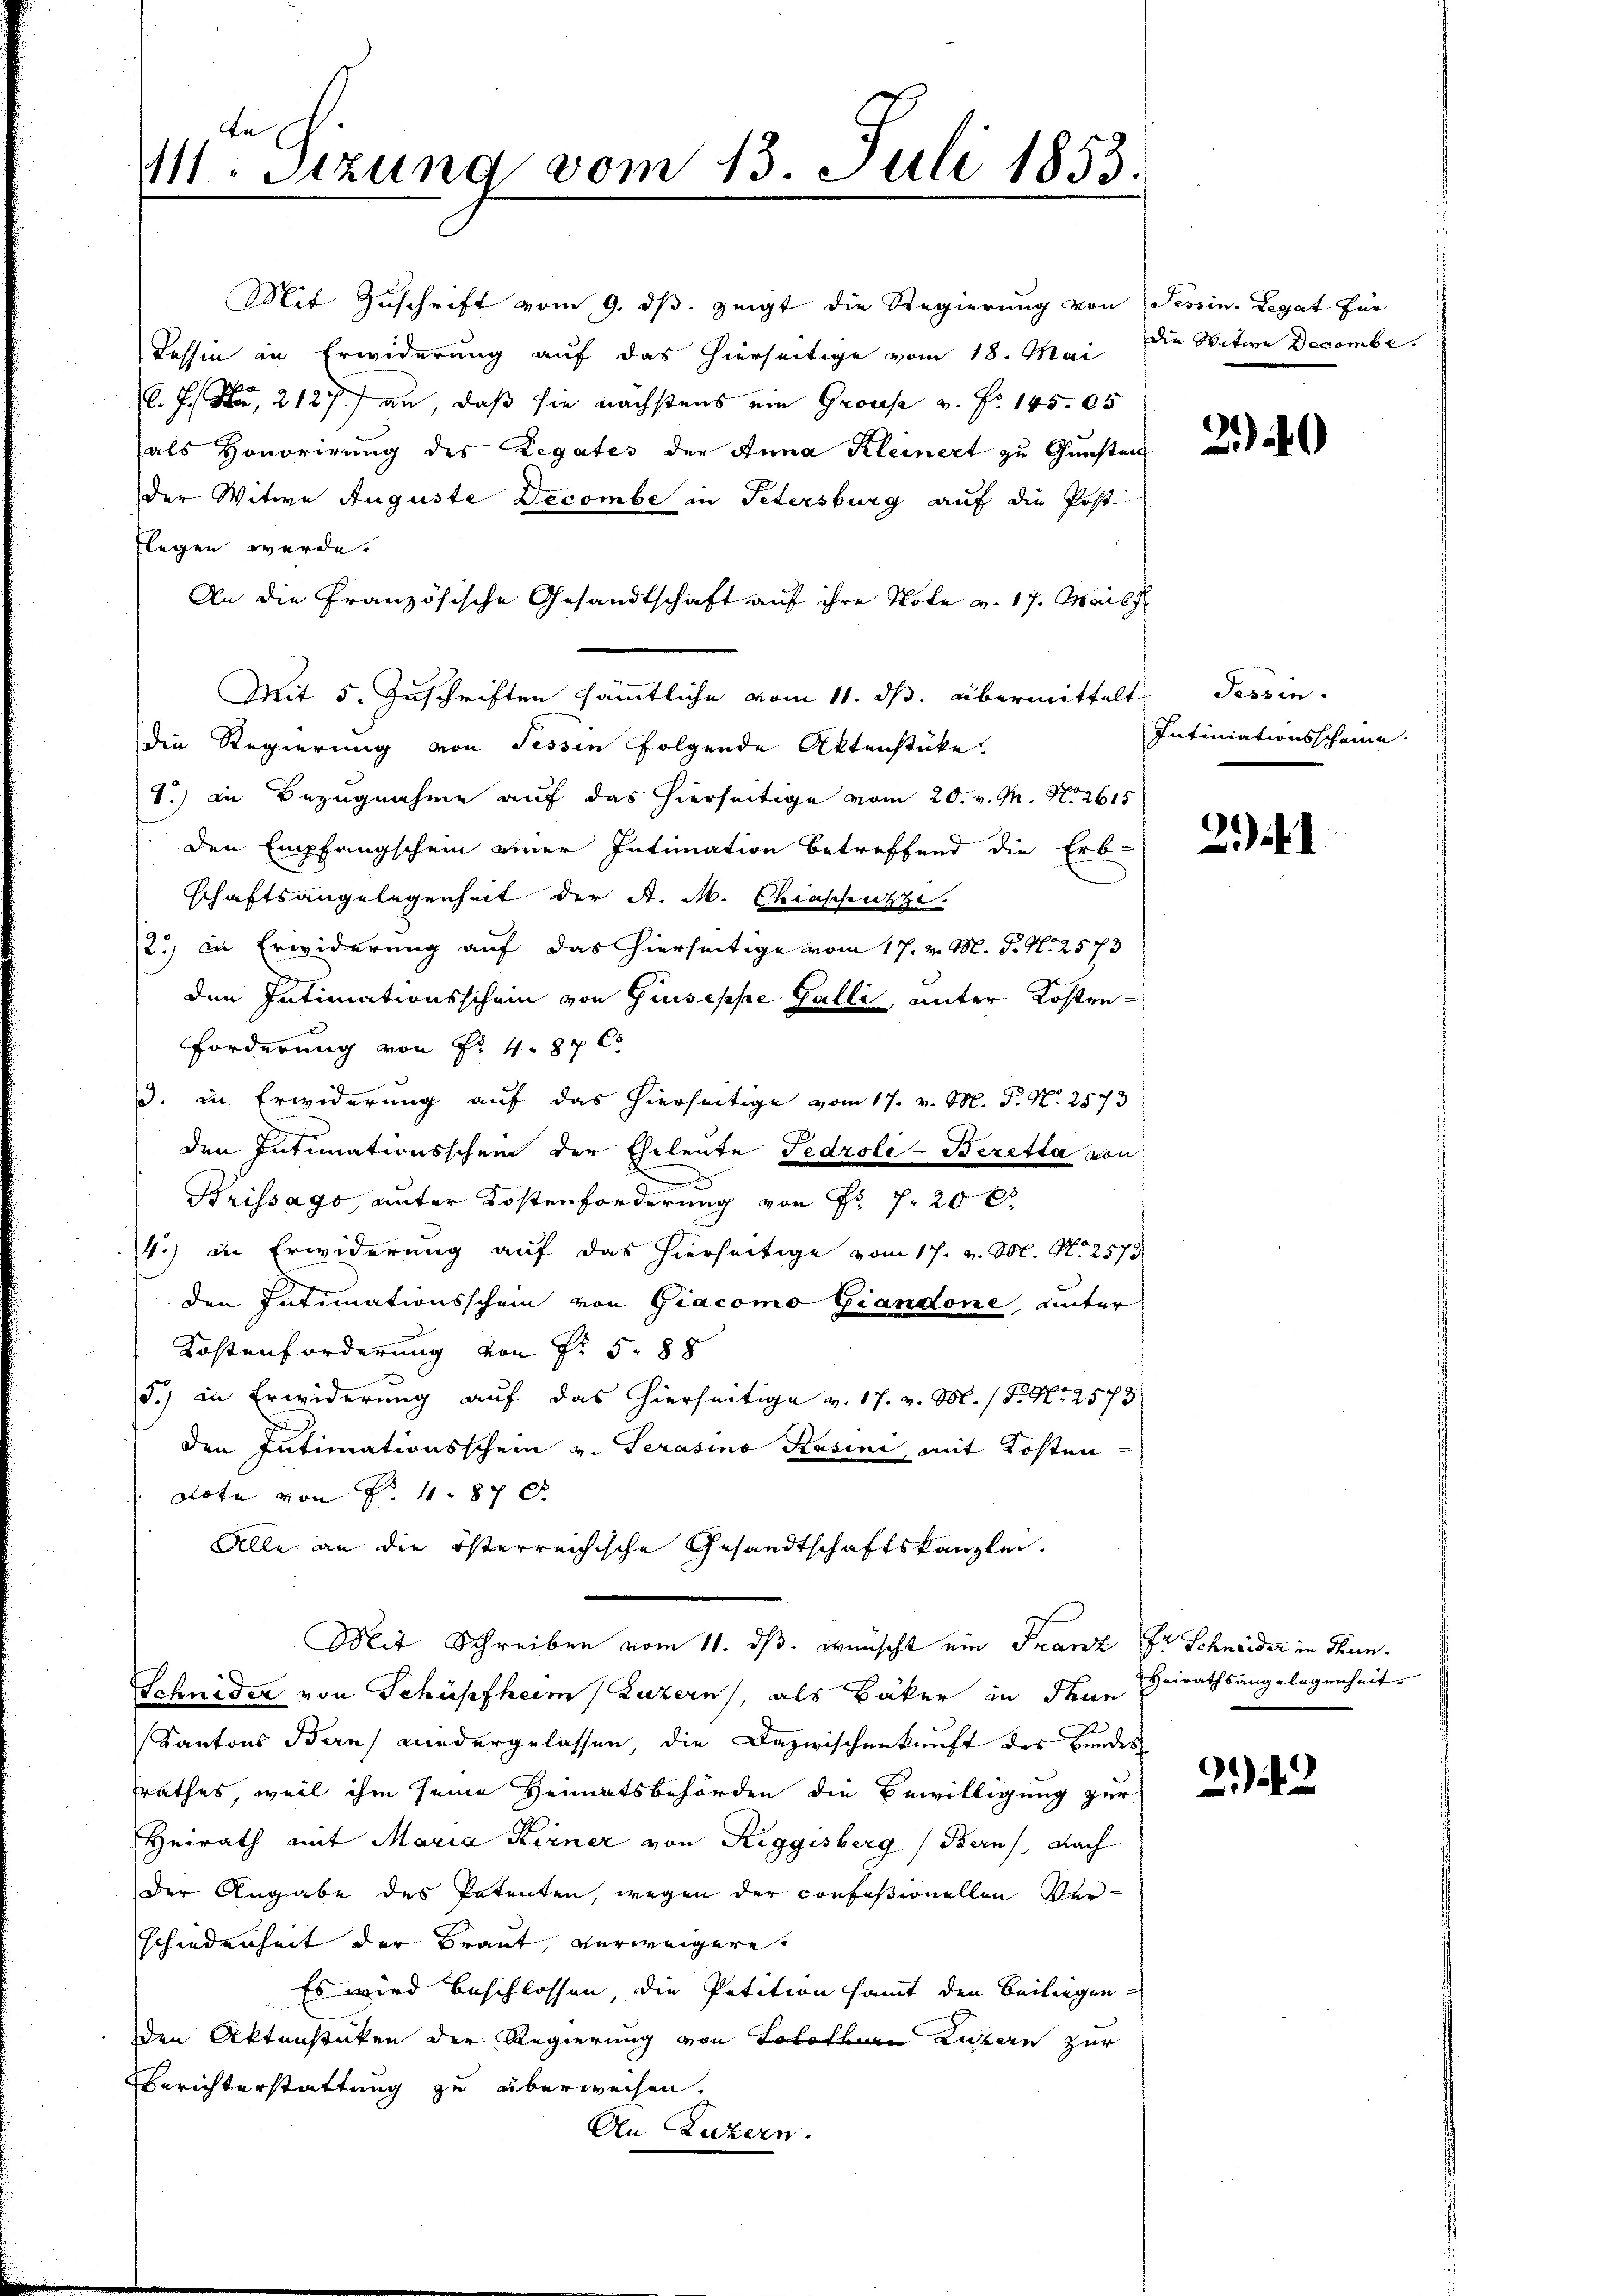
M. Sitzung vom 13. Juli 1853.

Tessin in Erwiderung auf das hierseitige vom 18. Mai die Witwe Decembe
C. J. Na, 2127. an, daß sie nächstens ein Grosse v. Fr. 145. 05
(als Honorirung des Legates der Anna Kleinert zu Gunsten
der Witwe Auguste Decombe in Petersburg auf die Post
flegen werde.
An die Französische Gesandtschaft auf ihre Note v. 17. Mais
Mit 5. Zuschriften sämmtliche vom 11. ds. übermittelt
die Regierung von Tessin folgende Aktenstücke.
I.) in Bezugnahme auf das hierseitige vom 20. v. M. No. 2615
den Empfangschein einer Intimation betreffend die Erb-
schaftsangelegenheit der A. M. Chiaschenze.
2) in Erwiderung auf das hierseitige vom 17. v. M. P. N. 2573
den Intimationsschein von Giuseppe Galli, unter Kosten¬
Forderung von Fr. 487 C
3. in Erwiderung auf das hierseitige vom 17. v. M. P. N. 2573
den Intimationsschein der Eheleute Fedroli-Beretta von
Brissago, unter Kostenforderung von Fr. f. 20 x
4.) In Erwiderung auf das hierseitige vom 17. v. M. No 2573.
den Intimationsschein von Giacomo Giandone, unter
Kostenforderung von Fr. 588
5.) in Erwiderung auf das hierseitige v. 17. v. M. P. Nr. 2573
den Intimationsschein v. Terasino Kasini, mit Kosten
dota von Fr. 4. 87 f.
Alle an die österreichische Gesandtschaftskanzlei.
Mit Schreiben vom 11. ds. wünscht ein Franz Dr Schneider in Thun.
Schnider von Schüpfheim (Luzern, als Bäker in denn
z
Kantons Bern, wiedergelassen, die Dazwischenkunft des Bundes
srathes, weil ihm seine Heimatsbehörden die Bewilligung zur
Heirath mit Maria Kerner von Riggisberg (Bern, Nach
der Angabe des Petenten, wegen der confeßionellen Ver-
Schiedenheit der Braut, verweigere
Es wird beschlossen, die Petition samt den Beiliegenden Aktenstücken der Regierung von Solothurn Luzern zur
Berichterstattung zu überweisen.
An Luzern.

Mit Zuschrift vom 9. ds. zeigt die Regierung von Tessin-Legat für

240

Tessin.
Intiniationsschäme.

2). I

Heirathsangelegenheit

22